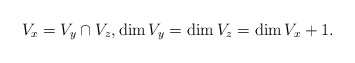
\begin{align*} V_x = V_y \cap V_z,\dim V_y = \dim V_z = \dim V_x + 1. \end{align*}